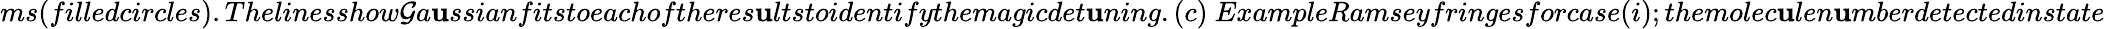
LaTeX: ms(filledcircles).Thelinesshow\mathcal{G}a\mathbf{u}ssianfitstoeachoftheres\mathbf{u}ltstoidentifythemagicdet\mathbf{u}ning.(c)~ExampleRamseyfringesforcase(i);themolec\mathbf{u}len\mathbf{u}mberdetectedinstate